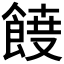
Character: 𮨾